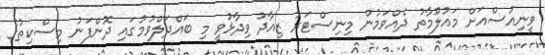
ވީނިއުސްއަށް މައުލޫމާތު ދެއްވަމުން މިނިސްޓަރު ޒިއާދު ވިދާޅުވީ މި ބައްދަލްވުމުގައި ދޮންފަނު މިސްކިތުގެ